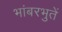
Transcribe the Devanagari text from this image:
भांबरभुतें